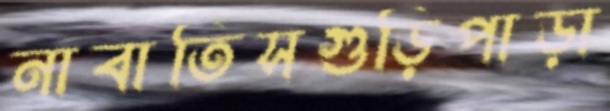
নাবাতিসগুড়িপাড়া